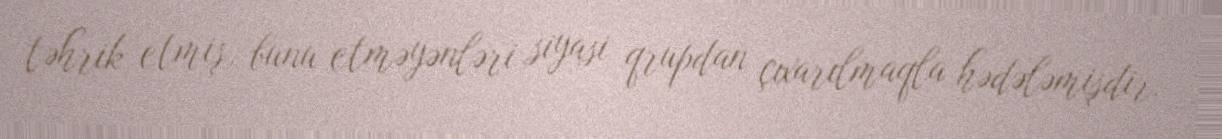
təhrik etmiş, bunu etməyənləri siyasi qrupdan çıxarılmaqla hədələmişdir.